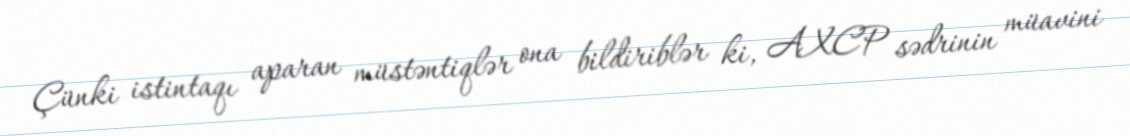
Çünki istintaqı aparan müstəntiqlər ona bildiriblər ki, AXCP sədrinin müavini